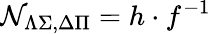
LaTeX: {\cal N}_{\Lambda\Sigma,\Delta\Pi}=h\cdot f^{-1}